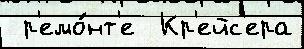
 р'емо́нт'е  Кр'ейс'ера